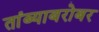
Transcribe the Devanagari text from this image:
तांब्याबरोबर